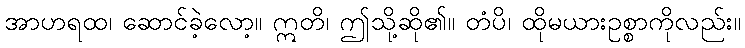
အာဟရထ၊ ဆောင်ခဲ့လော့။ ဣတိ၊ ဤသို့ဆို၏။ တံပိ၊ ထိုမယားဥစ္စာကိုလည်း။